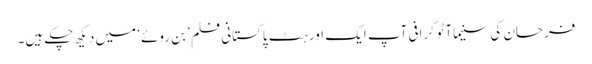
فرحان کی سنیماآٹوگرافی آپ ایک اور ہٹ پاکستانی فلم ’بن روئے‘ میں دیکھ چکے ہیں۔